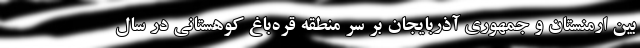
بین ارمنستان و جمهوری آذربایجان بر سر منطقه قره‌باغ کوهستانی در سال